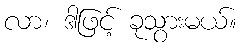
လာ၊ ဒါဖြင့် ခုသွားမယ်။